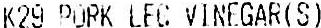
K29 PORK LEG VINEGAR(S)